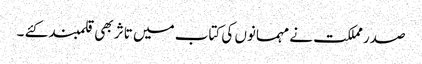
صدر مملکت نے مہمانوں کی کتاب میں تاثر بھی قلمبند کئے ۔